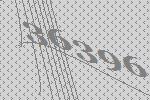
36396